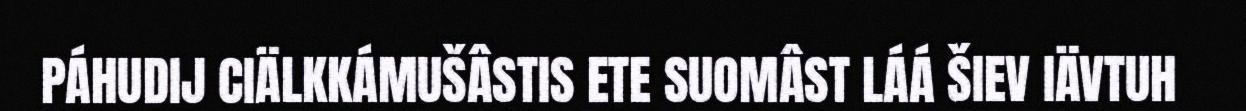
PÁHUDIJ CIÄLKKÁMUŠÂSTIS ETE SUOMÂST LÁÁ ŠIEV IÄVTUH